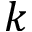
k